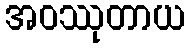
အဝဿုတာယ